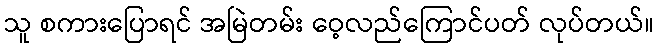
သူ စကားပြောရင် အမြဲတမ်း ဝေ့လည်ကြောင်ပတ် လုပ်တယ်။